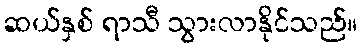
ဆယ်နှစ် ရာသီ သွားလာနိုင်သည်။